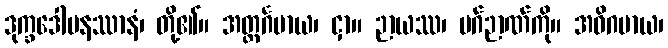
ဒုက္ခဒေါမနဿာနံ၊ တို့၏။ အတ္ထင်္ဂမာယ၊ ငှာ။ ဉာယဿ၊ မဂ်ဉာဏ်ကို။ အဓိဂမာယ၊